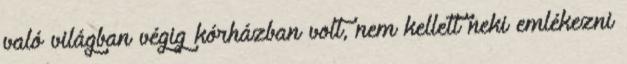
való világban végig kórházban volt, nem kellett neki emlékezni